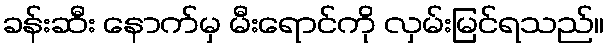
ခန်းဆီး နောက်မှ မီးရောင်ကို လှမ်းမြင်ရသည်။